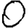
Digit: 0